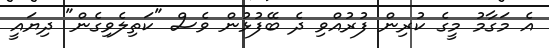
އެ މަގާމު މީގެ ކުރިން ފުރުއްވި ދެ ބޭފުޅުން ވެސް "ކަތިލެވިގެން" ދިޔައީ